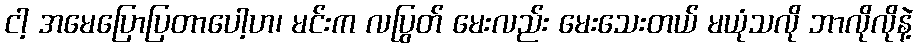
ငါ့ အမေပြောပြတာပေါ့ဟ၊ မင်းက လပြွတ် မေးလည်း မေးသေးတယ် မယုံသလို ဘာလိုလိုနဲ့